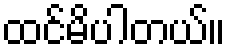
ထင်မိပါတယ်။